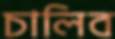
চালিব